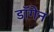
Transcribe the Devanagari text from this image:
डॉगेन